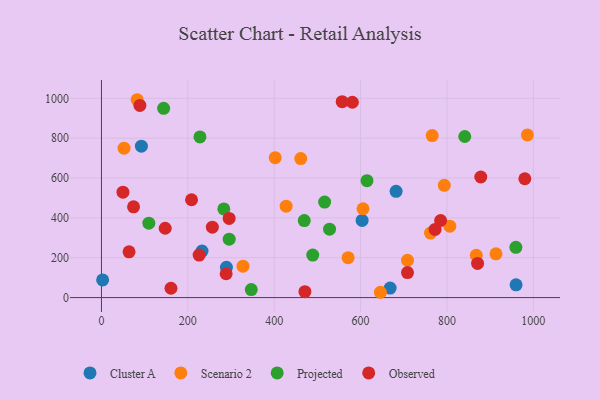
{"axis": {"x": "Price", "y": "Sales"}, "legend": ["Cluster A", "Observed", "Projected", "Scenario 2"], "data": [{"x": "232.9", "y": 233.5, "type": "Cluster A"}, {"x": "960.1", "y": 64.0, "type": "Cluster A"}, {"x": "92.5", "y": 760.0, "type": "Cluster A"}, {"x": "603.6", "y": 387.2, "type": "Cluster A"}, {"x": "2.7", "y": 88.6, "type": "Cluster A"}, {"x": "668.5", "y": 47.6, "type": "Cluster A"}, {"x": "289.4", "y": 152.3, "type": "Cluster A"}, {"x": "682.3", "y": 533.1, "type": "Cluster A"}, {"x": "571.1", "y": 200.1, "type": "Scenario 2"}, {"x": "708.7", "y": 187.1, "type": "Scenario 2"}, {"x": "765.9", "y": 813.0, "type": "Scenario 2"}, {"x": "762.0", "y": 323.6, "type": "Scenario 2"}, {"x": "427.7", "y": 458.8, "type": "Scenario 2"}, {"x": "605.7", "y": 445.7, "type": "Scenario 2"}, {"x": "461.5", "y": 697.4, "type": "Scenario 2"}, {"x": "52.3", "y": 749.8, "type": "Scenario 2"}, {"x": "402.3", "y": 702.3, "type": "Scenario 2"}, {"x": "868.0", "y": 212.5, "type": "Scenario 2"}, {"x": "645.8", "y": 26.6, "type": "Scenario 2"}, {"x": "82.6", "y": 992.9, "type": "Scenario 2"}, {"x": "793.9", "y": 563.3, "type": "Scenario 2"}, {"x": "913.6", "y": 219.7, "type": "Scenario 2"}, {"x": "986.3", "y": 816.2, "type": "Scenario 2"}, {"x": "327.8", "y": 157.8, "type": "Scenario 2"}, {"x": "806.7", "y": 358.2, "type": "Scenario 2"}, {"x": "109.7", "y": 373.4, "type": "Projected"}, {"x": "144.0", "y": 949.7, "type": "Projected"}, {"x": "295.8", "y": 293.0, "type": "Projected"}, {"x": "959.7", "y": 252.4, "type": "Projected"}, {"x": "614.9", "y": 586.8, "type": "Projected"}, {"x": "469.6", "y": 386.5, "type": "Projected"}, {"x": "283.3", "y": 444.8, "type": "Projected"}, {"x": "489.3", "y": 213.2, "type": "Projected"}, {"x": "346.9", "y": 40.3, "type": "Projected"}, {"x": "528.2", "y": 343.3, "type": "Projected"}, {"x": "516.8", "y": 479.5, "type": "Projected"}, {"x": "841.3", "y": 808.4, "type": "Projected"}, {"x": "228.1", "y": 806.3, "type": "Projected"}, {"x": "878.4", "y": 605.1, "type": "Observed"}, {"x": "256.8", "y": 353.1, "type": "Observed"}, {"x": "871.0", "y": 171.6, "type": "Observed"}, {"x": "980.4", "y": 596.2, "type": "Observed"}, {"x": "208.6", "y": 491.0, "type": "Observed"}, {"x": "288.7", "y": 119.5, "type": "Observed"}, {"x": "708.7", "y": 125.3, "type": "Observed"}, {"x": "471.1", "y": 29.6, "type": "Observed"}, {"x": "161.0", "y": 46.9, "type": "Observed"}, {"x": "89.0", "y": 964.4, "type": "Observed"}, {"x": "581.0", "y": 980.2, "type": "Observed"}, {"x": "226.2", "y": 213.3, "type": "Observed"}, {"x": "49.8", "y": 529.0, "type": "Observed"}, {"x": "557.4", "y": 983.1, "type": "Observed"}, {"x": "147.6", "y": 347.9, "type": "Observed"}, {"x": "785.4", "y": 386.7, "type": "Observed"}, {"x": "63.9", "y": 229.5, "type": "Observed"}, {"x": "74.3", "y": 455.6, "type": "Observed"}, {"x": "295.7", "y": 397.2, "type": "Observed"}, {"x": "772.6", "y": 342.0, "type": "Observed"}]}